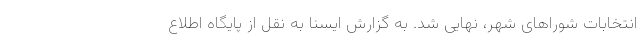
انتخابات شوراهای شهر، نهایی شد. به گزارش ایسنا به نقل از پایگاه اطلاع